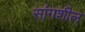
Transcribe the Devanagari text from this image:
सांगशील